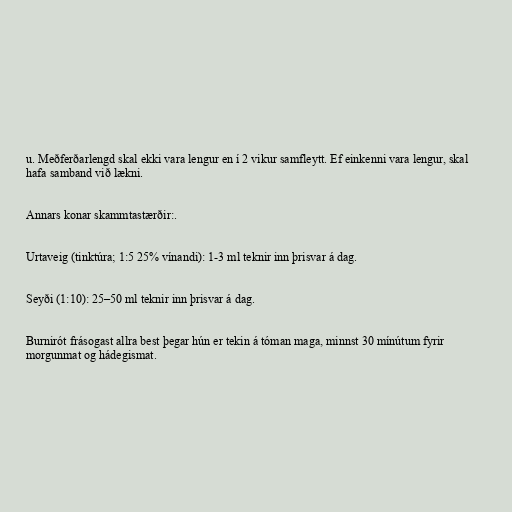
u. Meðferðarlengd skal ekki vara lengur en í 2 vikur samfleytt. Ef einkenni vara lengur, skal
hafa samband við lækni.

Annars konar skammtastærðir:.

Urtaveig (tinktúra; 1:5 25% vínandi): 1-3 ml teknir inn þrisvar á dag.

Seyði (1:10): 25–50 ml teknir inn þrisvar á dag.

Burnirót frásogast allra best þegar hún er tekin á tóman maga, minnst 30 mínútum fyrir
morgunmat og hádegismat.